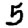
Digit: 5